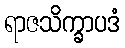
ရာဇသိက္ခာပဒံ